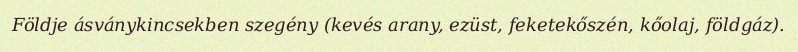
Földje ásványkincsekben szegény (kevés arany, ezüst, feketekőszén, kőolaj, földgáz).